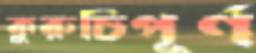
কুরুচিপূর্ণ